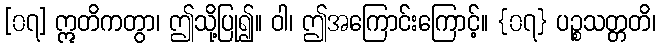
[၀၇] ဣတိကတွာ၊ ဤသို့ပြု၍။ ဝါ၊ ဤအကြောင်းကြောင့်။ {၀၇} ပဉ္စသတ္တတိ၊